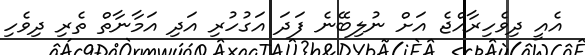
އެއީ ދިވެހިރާއްޖެ އަށް ނުލިބޭނެ ފަދަ އަގުހުރި އަދި އަމާނާތް ތެރި ދިވެހި